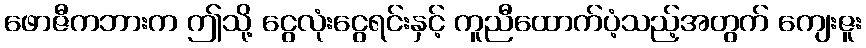
ဖောဇီကဘားက ဤသို့ ငွေလုံးငွေရင်းနှင့် ကူညီထောက်ပံ့သည့်အတွက် ကျေးဇူး